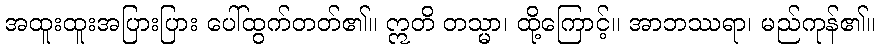
အထူးထူးအပြားပြား ပေါ်ထွက်တတ်၏။ ဣတိ တသ္မာ၊ ထို့ကြောင့်။ အာဘဿရာ၊ မည်ကုန်၏။